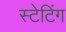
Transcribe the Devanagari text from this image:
स्टेटिंग